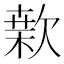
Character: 𣤂